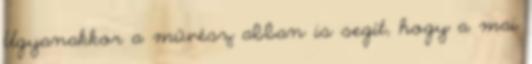
Ugyanakkor a művész abban is segít, hogy a mai